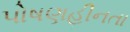
પોષણહીનતા